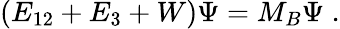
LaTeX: (E_{12}+E_{3}+W)\Psi=M_{B}\Psi\; .